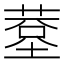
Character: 𦸧